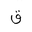
Letter: _qaf